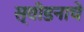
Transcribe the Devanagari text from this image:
स्वीडनाचे